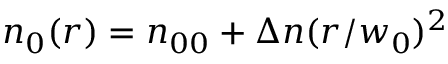
n _ { 0 } ( r ) = n _ { 0 0 } + \Delta n ( r / w _ { 0 } ) ^ { 2 }